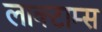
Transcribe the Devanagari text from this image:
लाक्टाम्स